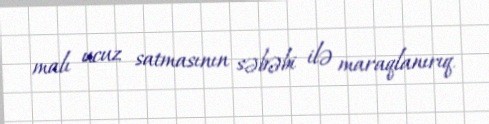
malı ucuz satmasının səbəbi ilə maraqlanırıq.